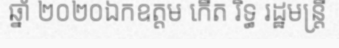
ឆ្នាំ ២០២០ឯកឧត្តម កើត រិទ្ធ រដ្ឋមន្ត្រី